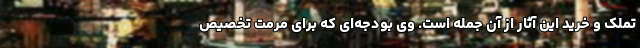
تملک و خرید این آثار از آن جمله است. وی بودجه‌ای که برای مرمت تخصیص